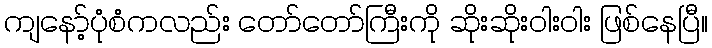
ကျနော့်ပုံစံကလည်း တော်တော်ကြီးကို ဆိုးဆိုးဝါးဝါး ဖြစ်နေပြီ။